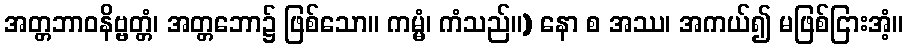
အတ္တဘာဝနိဗ္ဗတ္တံ၊ အတ္တဘော၌ ဖြစ်သော။ ကမ္မံ၊ ကံသည်။) နော စ အဿ၊ အကယ်၍ မဖြစ်ငြားအံ့။